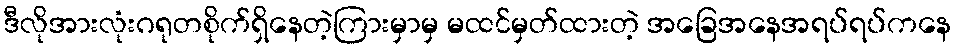
ဒီလိုအားလုံးဂရုတစိုက်ရှိနေတဲ့ကြားမှာမှ မထင်မှတ်ထားတဲ့ အခြေအနေအရပ်ရပ်ကနေ